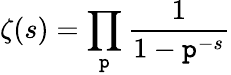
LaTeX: \zeta(s)=\prod_{\mathtt{p}}{\frac{{1}}{{1-\mathtt{p}^{-s}}}}